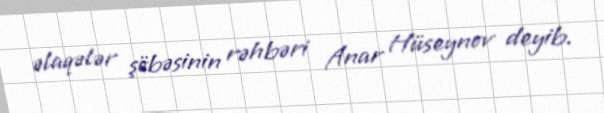
əlaqələr şöbəsinin rəhbəri Anar Hüseynov deyib.